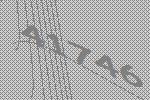
41746